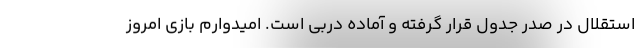
استقلال در صدر جدول قرار گرفته و آماده دربی است. امیدوارم بازی امروز